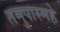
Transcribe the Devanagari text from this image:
तमुपास्महे